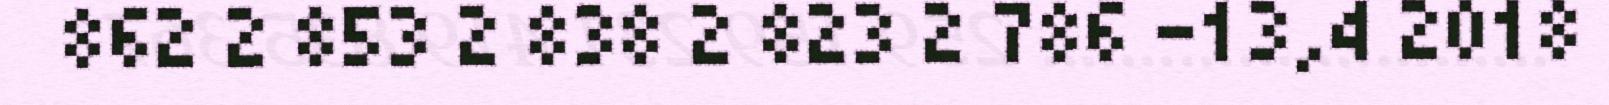
862 2 853 2 838 2 823 2 786 -13,4 2018